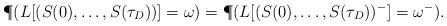
LaTeX: \begin{align*} \P (L[(S(0), \dots , S({\tau _D}))]=\omega )= \P(L[(S(0) , \dots , S({\tau _D}))^-]=\omega^-). \end{align*}